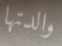
والدتها